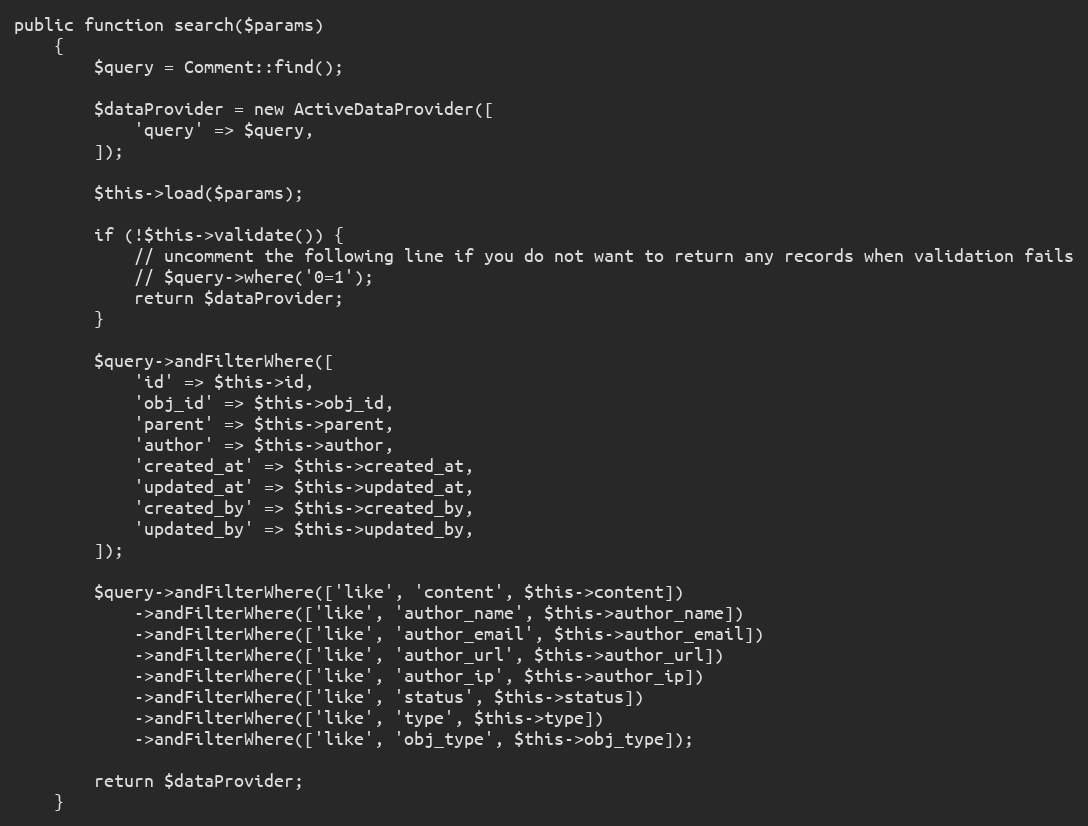
Language: PHP
public function search($params)
    {
        $query = Comment::find();

        $dataProvider = new ActiveDataProvider([
            'query' => $query,
        ]);

        $this->load($params);

        if (!$this->validate()) {
            // uncomment the following line if you do not want to return any records when validation fails
            // $query->where('0=1');
            return $dataProvider;
        }

        $query->andFilterWhere([
            'id' => $this->id,
            'obj_id' => $this->obj_id,
            'parent' => $this->parent,
            'author' => $this->author,
            'created_at' => $this->created_at,
            'updated_at' => $this->updated_at,
            'created_by' => $this->created_by,
            'updated_by' => $this->updated_by,
        ]);

        $query->andFilterWhere(['like', 'content', $this->content])
            ->andFilterWhere(['like', 'author_name', $this->author_name])
            ->andFilterWhere(['like', 'author_email', $this->author_email])
            ->andFilterWhere(['like', 'author_url', $this->author_url])
            ->andFilterWhere(['like', 'author_ip', $this->author_ip])
            ->andFilterWhere(['like', 'status', $this->status])
            ->andFilterWhere(['like', 'type', $this->type])
            ->andFilterWhere(['like', 'obj_type', $this->obj_type]);

        return $dataProvider;
    }